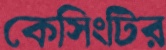
কেসিংটির